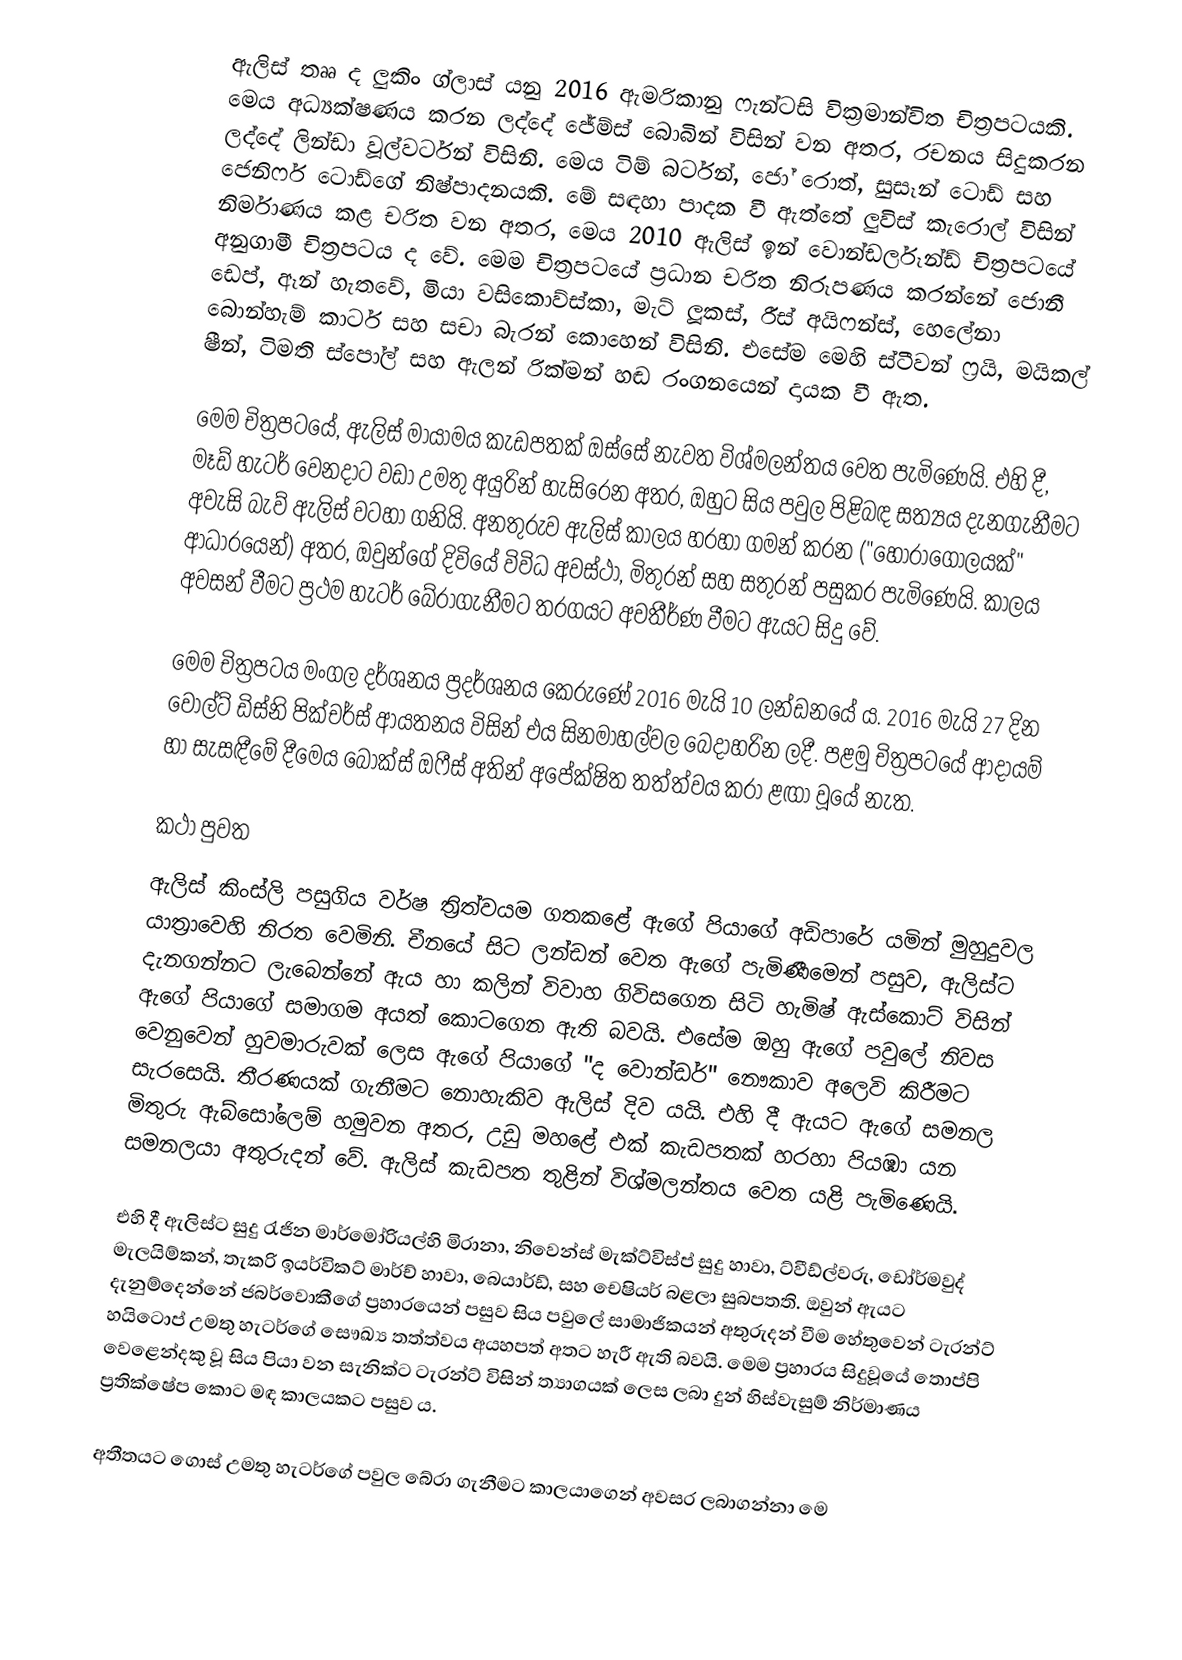
ඇලිස් තෲ ද ලුකිං ග්ලාස් යනු 2016 ඇමරිකානු ෆැන්ටසි වික්‍රමාන්විත චිත්‍රපටයකි. මෙය අධ්‍යක්ෂණය කරන ලද්දේ ජේම්ස් බොබින් විසින් වන අතර, රචනය සිදුකරන ලද්දේ ලින්ඩා වූල්වර්ටන් විසිනි. මෙය ටිම් බර්ටන්, ජෝ රොත්, සුසෑන් ටොඩ් සහ ජෙනිෆර් ටොඩ්ගේ නිෂ්පාදනයකි. මේ සඳහා පාදක වී ඇත්තේ ලුවිස් කැරොල් විසින් නිර්මාණය කළ චරිත වන අතර, මෙය 2010 ඇලිස් ඉන් වොන්ඩර්ලෑන්ඩ් චිත්‍රපටයේ අනුගාමී චිත්‍රපටය ද වේ. මෙම චිත්‍රපටයේ ප්‍රධාන චරිත නිරූපණය කරන්නේ ජොනී ඩෙප්, ඈන් හැතවේ, මියා වසිකොව්ස්කා, මැට් ලූකස්, රීස් අයිෆන්ස්, හෙලේනා බොන්හැම් කාටර් සහ සචා බැරන් කොහෙන් විසිනි. එසේම මෙහි ස්ටීවන් ෆ්‍රයි, මයිකල් ෂීන්, ටිමති ස්පෝල් සහ ඇලන් රික්මන් හඬ රංගනයෙන් දායක වී ඇත.

මෙම චිත්‍රපටයේ, ඇලිස් මායාමය කැඩපතක් ඔස්සේ නැවත විශ්මලන්තය වෙත පැමිණෙයි. එහි දී, මෑඩ් හැටර් වෙනදාට වඩා උමතු අයුරින් හැසිරෙන අතර, ඔහුට සිය පවුල පිළිබඳ සත්‍යය දැනගැනීමට අවැසි බැව් ඇලිස් වටහා ගනියි. අනතුරුව ඇලිස් කාලය හරහා ගමන් කරන ("හෝරාගෝලයක්" ආධාරයෙන්) අතර, ඔවුන්ගේ දිවියේ විවිධ අවස්ථා, මිතුරන් සහ සතුරන් පසුකර පැමිණෙයි. කාලය අවසන් වීමට ප්‍රථම හැටර් බේරාගැනීමට තරගයට අවතීර්ණ වීමට ඇයට සිදු වේ.

මෙම චිත්‍රපටය මංගල දර්ශනය ප්‍රදර්ශනය කෙරුණේ 2016 මැයි 10 ලන්ඩනයේ ය. 2016 මැයි 27 දින ‍වෝල්ට් ඩිස්නි පික්චර්ස් ආයතනය විසින් එය සිනමාහල්වල බෙදාහරින ලදී. පළමු චිත්‍රපටයේ ආදායම් හා සැසඳීමේ දීමෙය බොක්ස් ඔෆීස් අතින් අපේක්ෂිත තත්ත්වය කරා ළඟා වූයේ නැත.

කථා පුවත
ඇලිස් කිංස්ලි පසුගිය වර්ෂ ත්‍රිත්වයම ගතකළේ ඇගේ පියාගේ අඩිපාරේ යමින් මුහුදුවල යාත්‍රාවෙහි නිරත වෙමිනි. චීනයේ සිට ලන්ඩන් වෙත ඇගේ පැමිණීමෙන් පසුව, ඇලිස්ට දැනගන්නට ලැබෙන්නේ ඇය හා කලින් විවාහ ගිවිසගෙන සිටි හැමිෂ් ඇස්කොට් විසින් ඇගේ පියාගේ සමාගම අයත් කොටගෙන ඇති බවයි. එසේම ඔහු ඇගේ පවුලේ නිවස වෙනුවෙන් හුවමාරුවක් ලෙස ඇගේ පියාගේ "ද වොන්ඩර්" නෞකාව අලෙවි කිරීමට සැරසෙයි. තීරණයක් ගැනීමට නොහැකිව ඇලිස් දිව යයි. එහි දී ඇයට ඇගේ සමනල මිතුරු ඇබ්සෝලෙම් හමුවන අතර, උඩු මහළේ එක් කැඩපතක් හරහා පියඹා යන සමනලයා අතුරුදන් වේ. ඇලිස් කැඩපත තුළින් විශ්මලන්තය වෙත යළි පැමිණෙයි.

එහි දී ඇලිස්ට සුදු රැජින මාර්මෝරියල්හි මිරානා, නිවෙන්ස් මැක්ට්විස්ප් සුදු හාවා, ට්වීඩ්ල්වරු, ඩෝර්මවුද් මැලයිම්කන්, තැකරි ඉයර්විකට් මාර්ච් හාවා, බෙයාර්ඩ්, සහ චෙෂියර් බළලා සුබපතති. ඔවුන් ඇයට දැනුම්දෙන්නේ ජබර්වොකීගේ ප්‍රහාරයෙන් පසුව සිය පවුලේ සාමාජිකයන් අතුරුදන් වීම හේතුවෙන් ටැරන්ට් හයිටොප් උමතු හැටර්ගේ සෞඛ්‍ය තත්ත්වය අයහපත් අතට හැරී ඇති බවයි. මෙම ප්‍රහාරය සිදුවූයේ තොප්පි වෙළෙන්දකු වූ සිය පියා වන සැනික්ට ටැරන්ට් විසින් ත්‍යාගයක් ලෙස ලබා දුන් හිස්වැසුම් නිර්මාණය ප්‍රතික්ෂේප කොට මඳ කාලයකට පසුව ය.

අතීතයට ගොස් උමතු හැටර්ගේ පවුල බේරා ගැනීමට කාලයාගෙන් අවසර ලබාගන්නා මෙ